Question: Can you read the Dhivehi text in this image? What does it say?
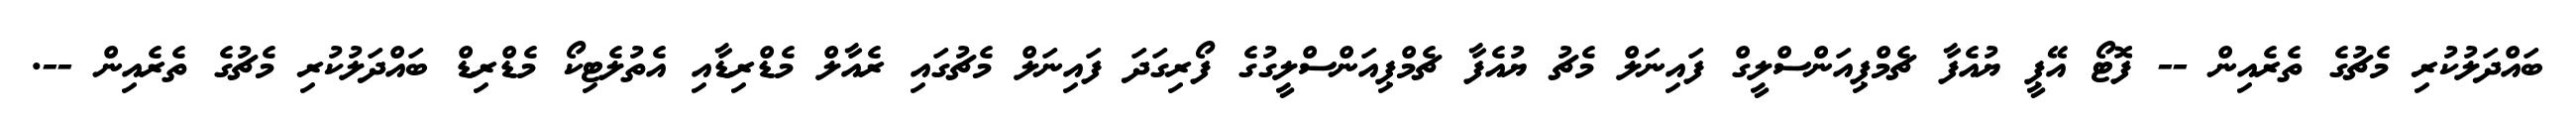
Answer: ބައްދަލުކުރި މެޗުގެ ތެރެއިން -- ފޮޓޯ އޭޕީ ޔުއެފާ ޗެމްޕިއަންސްލީގް ފައިނަލް މެޗު ޔުއެފާ ޗެމްޕިއަންސްލީގުގެ ފޯރިގަދަ ފައިނަލް މެޗުގައި ރެއާލް މެޑްރިޑާއި އެތުލެޓިކޯ މެޑްރިޑް ބައްދަލުކުރި މެޗުގެ ތެރެއިން --.